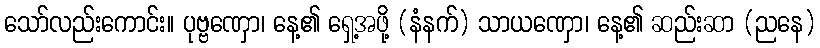
သော်လည်းကောင်း။ ပုဗ္ဗဏှော၊ နေ့၏ ရှေ့အဖို့ (နံနက်) သာယဏှော၊ နေ့၏ ဆည်းဆာ (ညနေ)